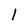
Character: 1